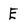
Character: E